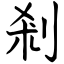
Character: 剎